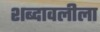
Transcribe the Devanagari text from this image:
शब्दावलीला